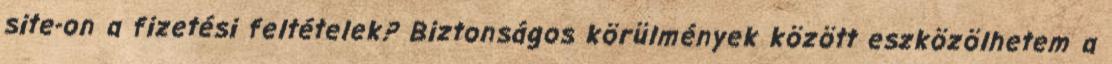
site-on a fizetési feltételek? Biztonságos körülmények között eszközölhetem a